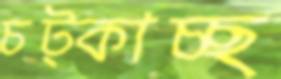
চট্‌কাচ্ছ